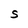
Character: S